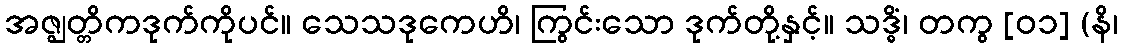
အဇ္ဈတ္တိကဒုက်ကိုပင်။ သေသဒုကေဟိ၊ ကြွင်းသော ဒုက်တို့နှင့်။ သဒ္ဓိံ၊ တကွ [၀၁] (နိ၊